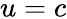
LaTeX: u=c